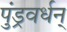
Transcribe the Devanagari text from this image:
पुंड्रवर्धन्